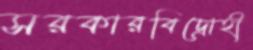
সরকারবিদ্রোহী